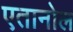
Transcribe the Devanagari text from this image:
एतानोल